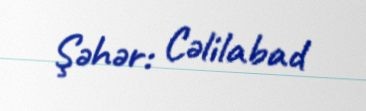
Şəhər: Cəlilabad